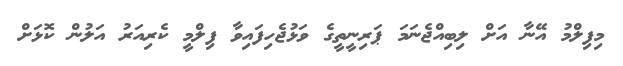
މިފިލްމު އޭނާ އަށް ލިބިއްޖެނަމަ ޕަރިނީތީގެ ވަޅުޖެހިފައިވާ ފިލްމީ ކެރިއަރު އަލުން ކޮޅަށް